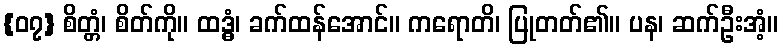
{၀၇} စိတ္တံ၊ စိတ်ကို။ ထဒ္ဓံ၊ ခက်ထန်အောင်။ ကရောတိ၊ ပြုတတ်၏။ ပန၊ ဆက်ဦးအံ့။